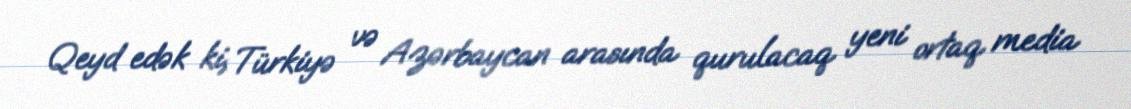
Qeyd edək ki, Türkiyə və Azərbaycan arasında qurulacaq yeni ortaq media